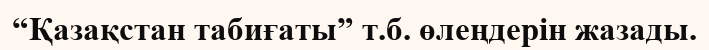
“Қазақстан табиғаты” т.б. өлеңдерін жазады.